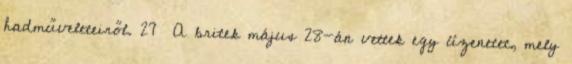
hadműveleteiről. 27 A britek május 28-án vettek egy üzenetet, mely